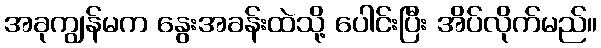
အခုကျွန်မက နွေးအခန်းထဲသို့ ပေါင်းပြီး အိပ်လိုက်မည်။